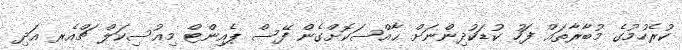
ކުރެހުމުގެ މުބާރާތައް ފަހު ކުޑަކުދިންނަށް ޙާއްސަކޮށްގެން ފޭސް ޕެއިންޓް މިއުސިކަލް ޗްއެރ އަދި